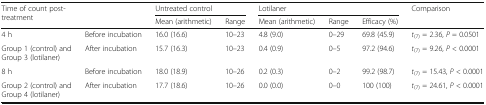
<table><thead><tr><td rowspan="2"><b>Time of count post-treatment</b></td><td rowspan="2"></td><td colspan="2"><b>Untreated control</b></td><td colspan="3"><b>Lotilaner</b></td><td rowspan="2"><b>Comparison</b></td></tr><tr><td><b>Mean (arithmetic)</b></td><td><b>Range</b></td><td><b>Mean (arithmetic)</b></td><td><b>Range</b></td><td><b>Efficacy (%)</b></td></tr></thead><tbody><tr><td>4 h</td><td>Before incubation</td><td>16.0 (16.6)</td><td>10–23</td><td>4.8 (9.0)</td><td>0–29</td><td>69.8 (45.9)</td><td><i>t</i><sub>(7)</sub> = 2.36, <i>P</i> = 0.0501</td></tr><tr><td>Group 1 (control) and Group 3 (lotilaner)</td><td>After incubation</td><td>15.7 (16.3)</td><td>10–23</td><td>0.4 (0.9)</td><td>0–5</td><td>97.2 (94.6)</td><td><i>t</i><sub>(7)</sub> = 9.26, <i>P</i> &lt; 0.0001</td></tr><tr><td>8 h</td><td>Before incubation</td><td>18.0 (18.9)</td><td>10–26</td><td>0.2 (0.3)</td><td>0–2</td><td>99.2 (98.7)</td><td><i>t</i><sub>(7)</sub> = 15.43, <i>P</i> &lt; 0.0001</td></tr><tr><td>Group 2 (control) and Group 4 (lotilaner)</td><td>After incubation</td><td>17.7 (18.6)</td><td>10–26</td><td>0.0 (0.0)</td><td>0–0</td><td>100 (100)</td><td><i>t</i><sub>(7)</sub> = 24.61, <i>P</i> &lt; 0.0001</td></tr></tbody></table>